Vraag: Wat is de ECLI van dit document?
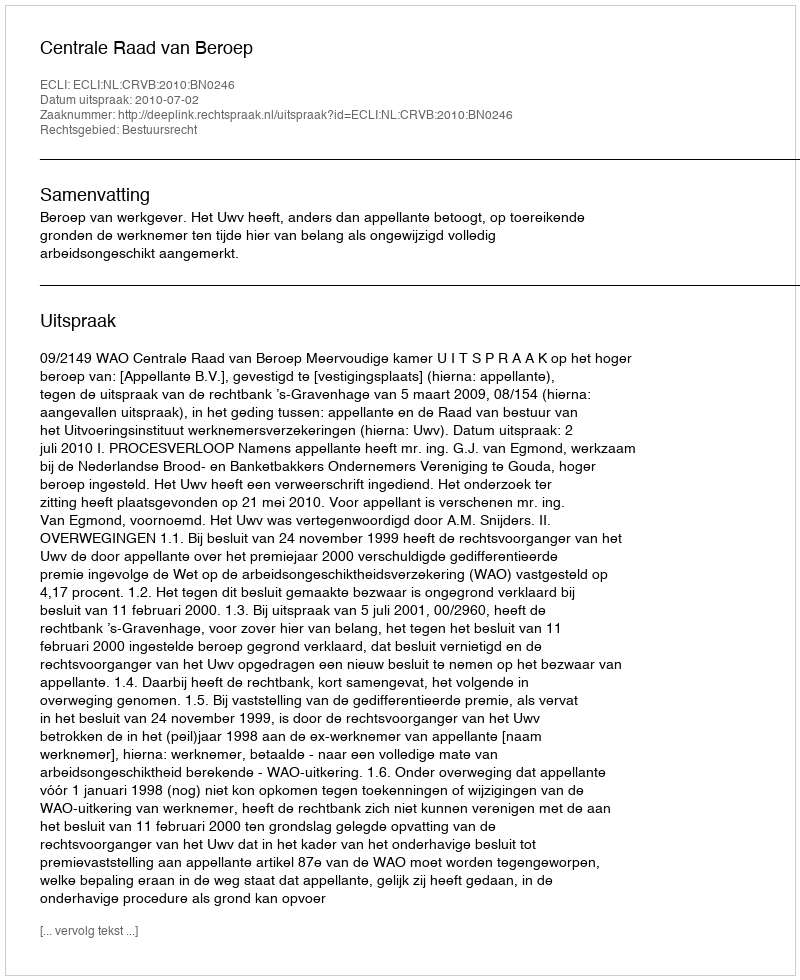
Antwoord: ECLI:NL:CRVB:2010:BN0246